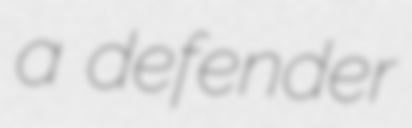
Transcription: a defender